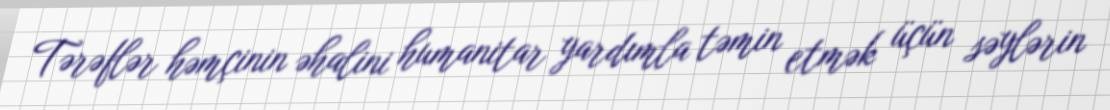
Tərəflər həmçinin əhalini humanitar yardımla təmin etmək üçün səylərin